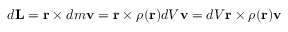
d \mathbf { L } = \mathbf { r } \times d m \mathbf { v } = \mathbf { r } \times \rho ( \mathbf { r } ) d V \mathbf { v } = d V \mathbf { r } \times \rho ( \mathbf { r } ) \mathbf { v }